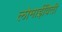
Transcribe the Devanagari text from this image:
लोमाईविती